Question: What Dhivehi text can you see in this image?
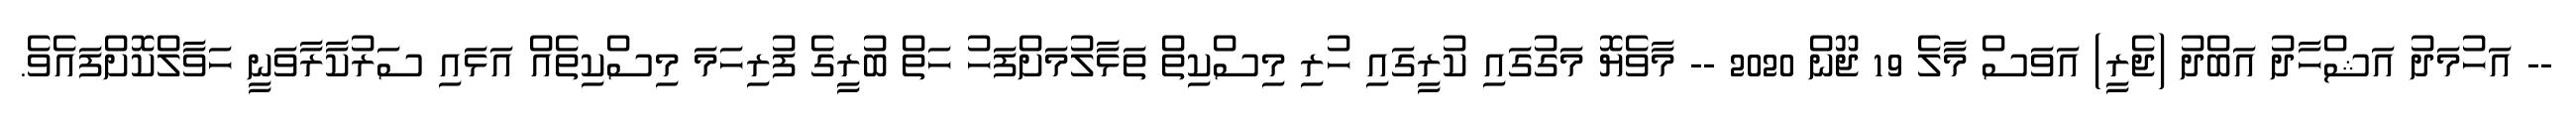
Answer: -- އަހުމަދު އަޝްހާދު އަބްދު (ޖެރީ) އަވަސް މާލެ 19 ޖޫން 2020 -- މާވެޔޮ މަގުގައި ކުރީގައި ހުރި މިސްކިތް ތަޅާލުމަށްފަހު ހަތް ބުރީގެ ފުރިހަމަ މިސްކިތެއް އަޅައި ސަރުކާރާވަނީ ހަވާލްކޮށްފައެވެ.